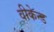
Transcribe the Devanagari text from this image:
वीकेन्ड